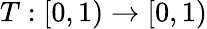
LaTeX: T:[0,1)\to[0,1)